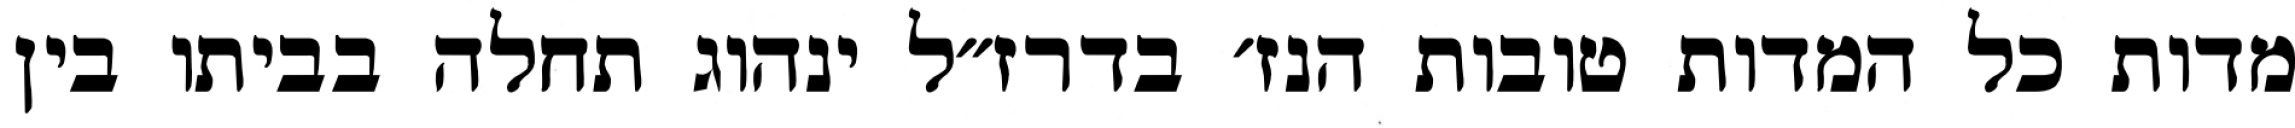
מדות כל המדות טובות הנז׳ בדרז״ל ינהוג תחלה בביתו בין